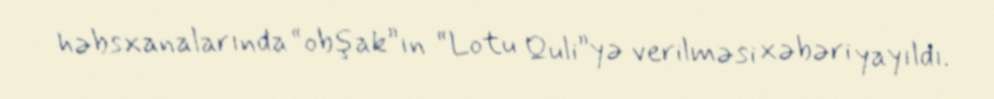
həbsxanalarında “obşak”ın “Lotu Quli”yə verilməsi xəbəri yayıldı.